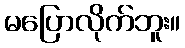
မပြောလိုက်ဘူး။